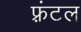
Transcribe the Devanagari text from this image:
फ़्रंटल